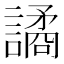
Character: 譎